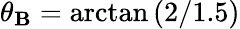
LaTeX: \theta_{\mathbf{B}}=\arctan{(2/1.5)}